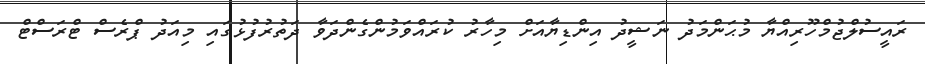
ރައީސުލްޖުމްހޫރިއްޔާ މުޙަންމަދު ނަޝީދު އިންޑިޔާއަށް މިހާރު ކުރައްވަމުންގެންދަވާ ދަތުރުފުޅުގައި މިއަދު ޕްރެސް ޓްރަސްޓް